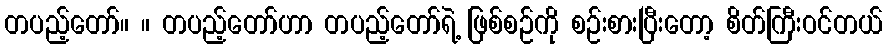
တပည့်တော်။ ။ တပည့်တော်ဟာ တပည့်တော်ရဲ့ ဖြစ်စဉ်ကို စဉ်းစားပြီးတော့ စိတ်ကြီးဝင်တယ်